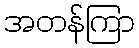
အတန်ကြာ